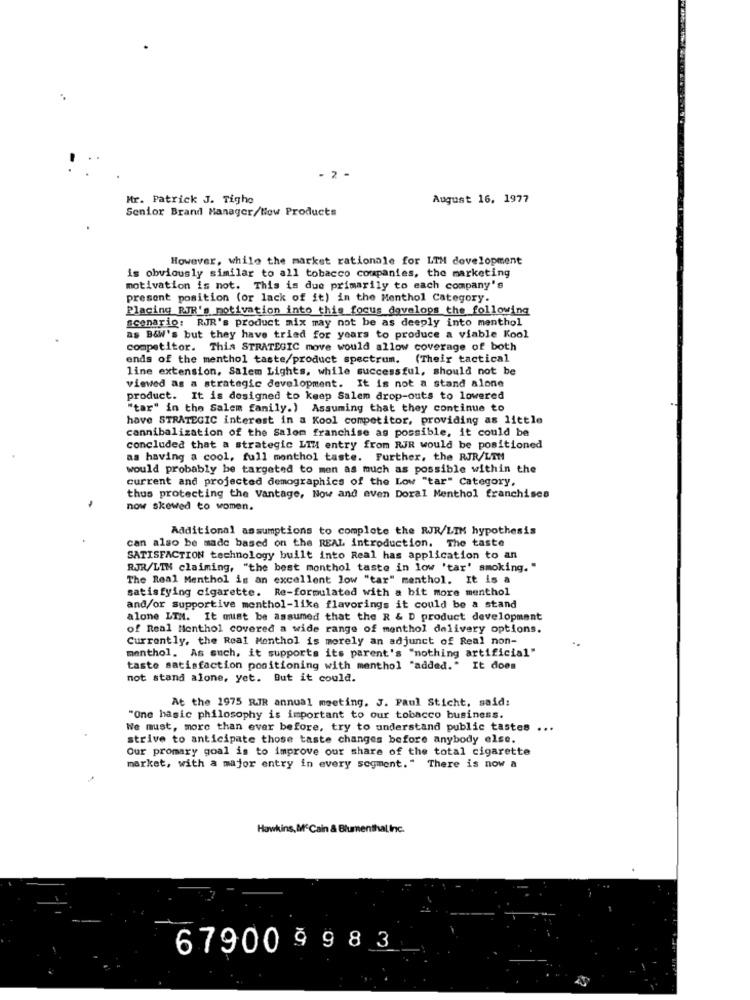
- 2 -
Mr. Patrick J. Tigho
August 16. 1977
Senior Brand Manager/How Products
However, while the market rationale for LTM development
is obviously similar to all tobacco companies, the marketing
motivation is not. This is due primarily to each company's
present position (or lack of it) in the Menthol Category.
Placing RJR's motivation into this focus develops the following
scenario: RJR's product mix may not be as deeply into menthol
as B&W's but they have tried for years to produce a viable Kool
competitor. This STRATEGIC move would allow coverage of both
ends of the menthol taste/product spectrum. (Their tactical
line extension, Salem Lights, while successful, should not be
viewed as a strategic development. It is not a stand alone
product. It is designed to keep Salem drop-outs to lowered
"tar" in the Salem family.) Assuming that they continue to
have STRATEGIC interest in a Kool competitor, providing as little
cannibalization of the Salom franchise as possible, it could be
concluded that a strategic LIH entry from RJR would be positioned
as having a cool, full monthol taste. Further, the RJR/LIM
would probably be targeted to men as much as possible within the
current and projected demographics of the Low "tar" Category,
thus protecting the Vantage, Now and even Doral Menthol franchises
now skewed to women.
Additional assumptions to complete the RJR/LIM hypothesis
can also be made based on the REAL introduction. The taste
SATISFACTION technology built into Real has application to an
RJR/LIN claiming, "the best monthol taste in low 'tar' smoking. "
The Real Menthol is an excellent low "tar" menthol. It is a
satisfying cigarette. Re-formulated with a bit more menthol
and/or supportive menthol-like flavorings it could be a stand
alone LTN. It must be assumed that the R & D product development
of Real Menthol covered a wide range of menthol delivery options.
Currently, the Real Menthol is merely an adjunct of Real non-
menthol. As such, it supports its parent's "nothing artificial"
taste satisfaction positioning with menthol "added." It does
not stand alone, yet. But it could.
At the 1975 RJR annual meeting. J. Paul Sticht, said:
"One basic philosophy is important to our tobacco business.
We must, more than ever before, try to understand public tastes ...
strive to anticipate those taste changes before anybody else.
Our promary goal is to improve our share of the total cigarette
market, with a major entry in every segment." There is now a
Hawkins, Mc Cain & Blumenthal Inc.
67900 998 3